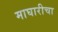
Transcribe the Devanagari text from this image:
माघारीचा